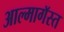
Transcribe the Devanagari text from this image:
आल्मागॅस्त